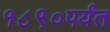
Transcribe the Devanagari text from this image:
१८९०पर्यंत